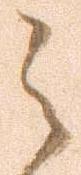
之